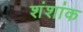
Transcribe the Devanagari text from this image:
शंशांक